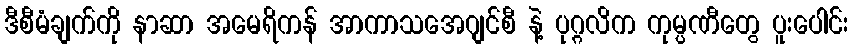
ဒီစီမံချက်ကို နာဆာ အမေရိကန် အာကာသအေဂျင်စီ နဲ့ ပုဂ္ဂလိက ကုမ္ပဏီတွေ ပူးပေါင်း